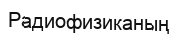
Радиофизиканың